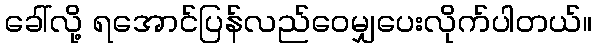
ခေါ်လို့ ရအောင်ပြန်လည်ဝေမျှပေးလိုက်ပါတယ်။